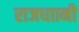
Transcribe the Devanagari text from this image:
राजधाानी